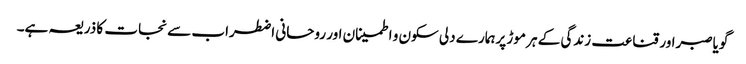
گویاصبراور قناعت زندگی کے ہر موڑ پرہمارے دلی سکون و اطمینان اور روحانی اضطراب سے نجات کا ذریعہ ہے۔